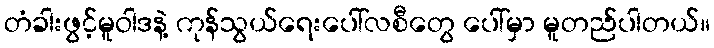
တံခါးဖွင့်မူဝါဒနဲ့ ကုန်သွယ်ရေးပေါ်လစီတွေ ပေါ်မှာ မူတည်ပါတယ်။